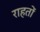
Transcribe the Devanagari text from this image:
राहतों